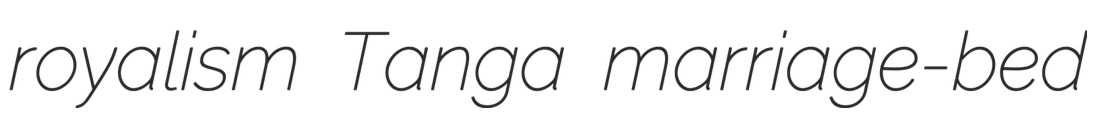
royalism Tanga marriage-bed